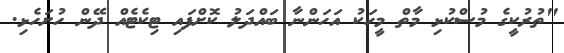
"ތުރުކީގެ މުސްކުޅި މާތް މީހަކު އަހަންނާ ބައްދަލު ކޮށްފައި ޓިކެޓެއް ދޭން ހުށަހެޅި.